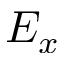
E _ { x }